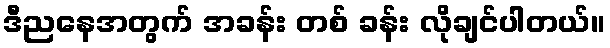
ဒီညနေအတွက် အခန်း တစ် ခန်း လိုချင်ပါတယ်။